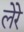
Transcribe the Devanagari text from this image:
लेरे